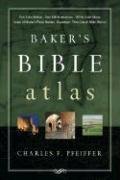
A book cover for Baker's Bible Atlas; Charles Pfeiffer; History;